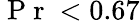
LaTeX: \mathrm{~P~r~}<0.67